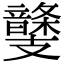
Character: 𩐾